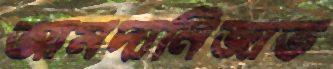
আমদানিজাত